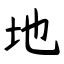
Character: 地